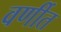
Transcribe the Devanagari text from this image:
वर्णीत